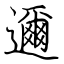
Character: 邇